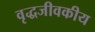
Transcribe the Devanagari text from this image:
वृद्धजीवकीय